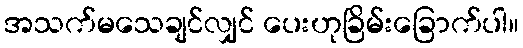
အသက်မသေချင်လျှင် ပေးဟုခြိမ်းခြောက်ပါ။